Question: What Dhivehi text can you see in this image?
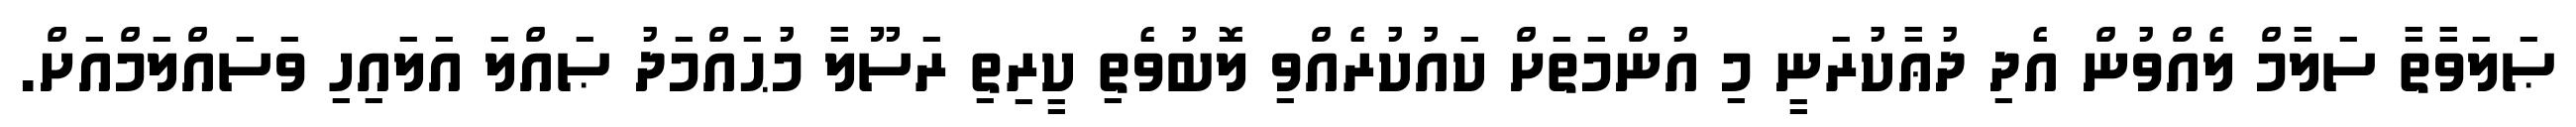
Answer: ޞަލަވާތާ ސަލާމް ލެއްވުން އެދި ދުޢާކުރަނީ މި އުންމަތަށް ކައުކުރެއްވި ލޮބުވެތި ކީރިތި ރަސޫލާ މުޙައްމަދު ޞައްލަ އަލައިހި ވަސައްލަމްއަށް.